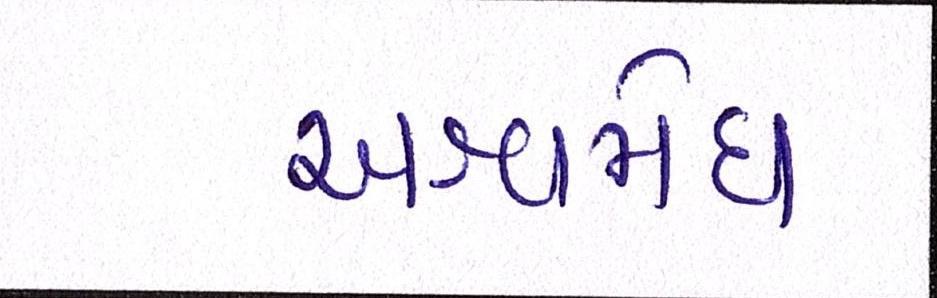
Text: અશ્વમેઘ